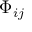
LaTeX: \Phi _ { i j }